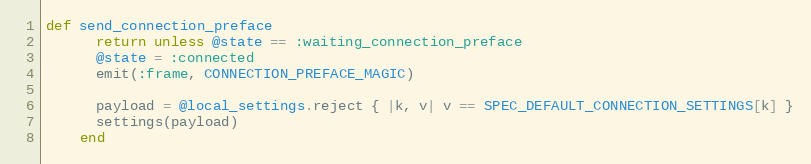
Language: Ruby
def send_connection_preface
      return unless @state == :waiting_connection_preface
      @state = :connected
      emit(:frame, CONNECTION_PREFACE_MAGIC)

      payload = @local_settings.reject { |k, v| v == SPEC_DEFAULT_CONNECTION_SETTINGS[k] }
      settings(payload)
    end